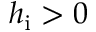
h _ { \mathrm { i } } > 0